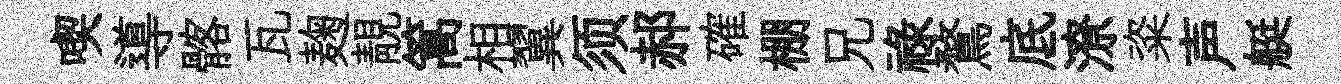
喫導髂瓦麹靚篙相翼须郝確棚兄祿鶩底潦粢声艇